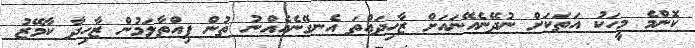
ކޮންމެ މީހަކު އަތަކަށް ނުދޭނެއޭނައަށް ޒާހިދައްތަ އެނގޭނެއެއްނު ތުން ފިއްތާލަމުން ޒާހިދާ ކާމޭޒު